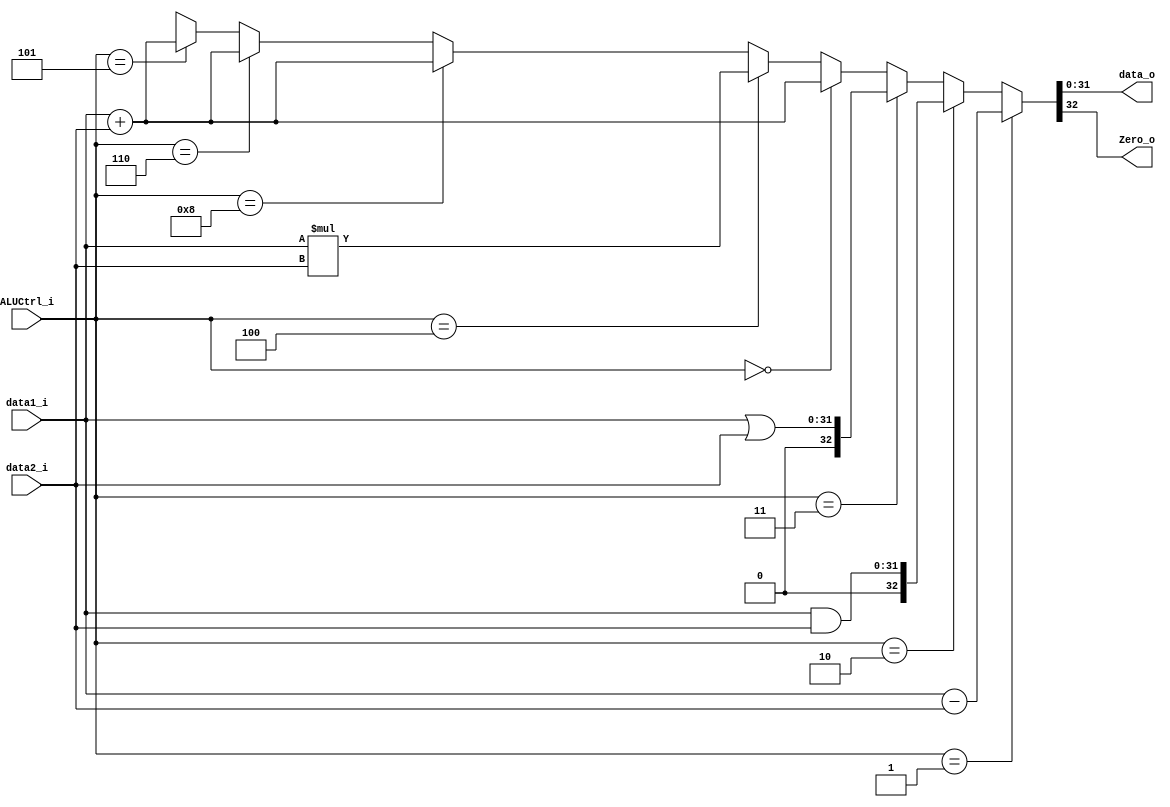
`timescale 1 ns/ 1 ns

module ALU 
(
	data1_i, 
	data2_i, 
	ALUCtrl_i, 
	data_o, 
	Zero_o
);

input [31:0] data1_i, data2_i;
input [3:0] ALUCtrl_i;
output [31:0] data_o;
output Zero_o;

reg [32:0] temp;
assign data_o = temp[31:0];
assign Zero_o = temp[32];

/* implement here */
always@ (data1_i or data2_i or ALUCtrl_i) begin
	if (ALUCtrl_i == 4'b0001) 
		temp = data1_i - data2_i;  //sub
	else if (ALUCtrl_i == 4'b0010)
		temp = data1_i & data2_i;  //and
	else if (ALUCtrl_i == 4'b0011)
		temp = data1_i | data2_i;  //or
	else if (ALUCtrl_i == 4'b0000)
		temp = data1_i + data2_i;  //addi
	else if (ALUCtrl_i == 4'b0100)
		temp = data1_i * data2_i;  //mul
	else if (ALUCtrl_i == 4'b1000)
		temp = data1_i + data2_i;  //add
	else if (ALUCtrl_i == 4'b0110)
		temp = data1_i + data2_i;  //sw
	else if (ALUCtrl_i == 4'b0101)
		temp = data1_i + data2_i;//lw
	else
		temp = 32'bx;
end
endmodule